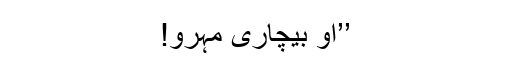
’’او بیچاری مہرو!